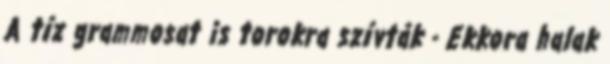
A tíz grammosat is torokra szívták - Ekkora halak